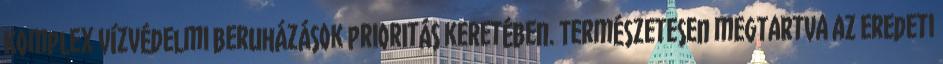
Komplex vízvédelmi beruházások prioritás keretében. Természetesen megtartva az eredeti